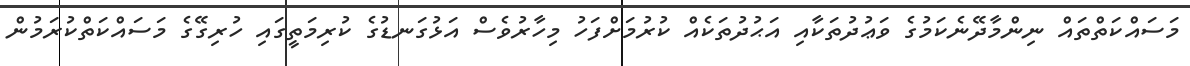
މަސައްކަތްތައް ނިންމާދޭނެކަމުގެ ވަޢުދުތަކާއި އަޙުދުތަކެއް ކުރުމަށްފަހު މިހާރުވެސް އަޅުގަނޑުގެ ކުރިމަތީގައި ހުރިގޭގެ މަސައްކަތްކުރަމުން